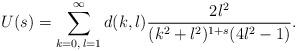
LaTeX: \begin{align*}U(s) = \sum^{\infty}_{k=0,\,l=1} d(k,l) \frac{2 l^2}{(k^2+l^2)^{1+s} (4 l^2 - 1)}.\end{align*}